画像に写った文字を読んでください
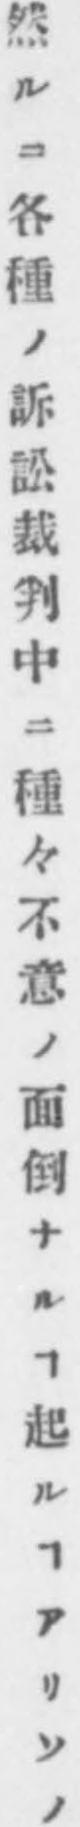
「然ルニ各種ノ訴訟裁判中ニ種々不意ノ面倒ナルヿ起ルヿアリソノ」と書いてあります